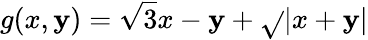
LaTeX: g(x,\mathbf{y})=\sqrt{{3}}{{x-\mathbf{y}}}+\sqrt{}{{|x+\mathbf{y}|}}